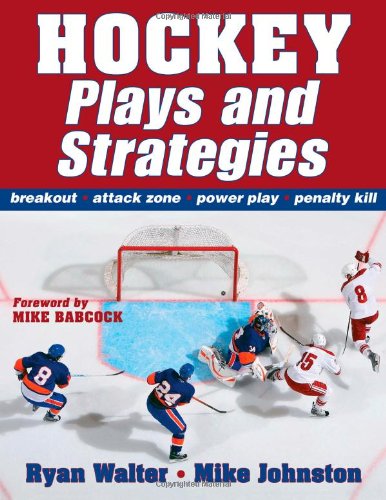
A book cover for Hockey Plays and Strategies; Ryan Walter; Sports & Outdoors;